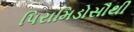
પિરામિડોસૌથી